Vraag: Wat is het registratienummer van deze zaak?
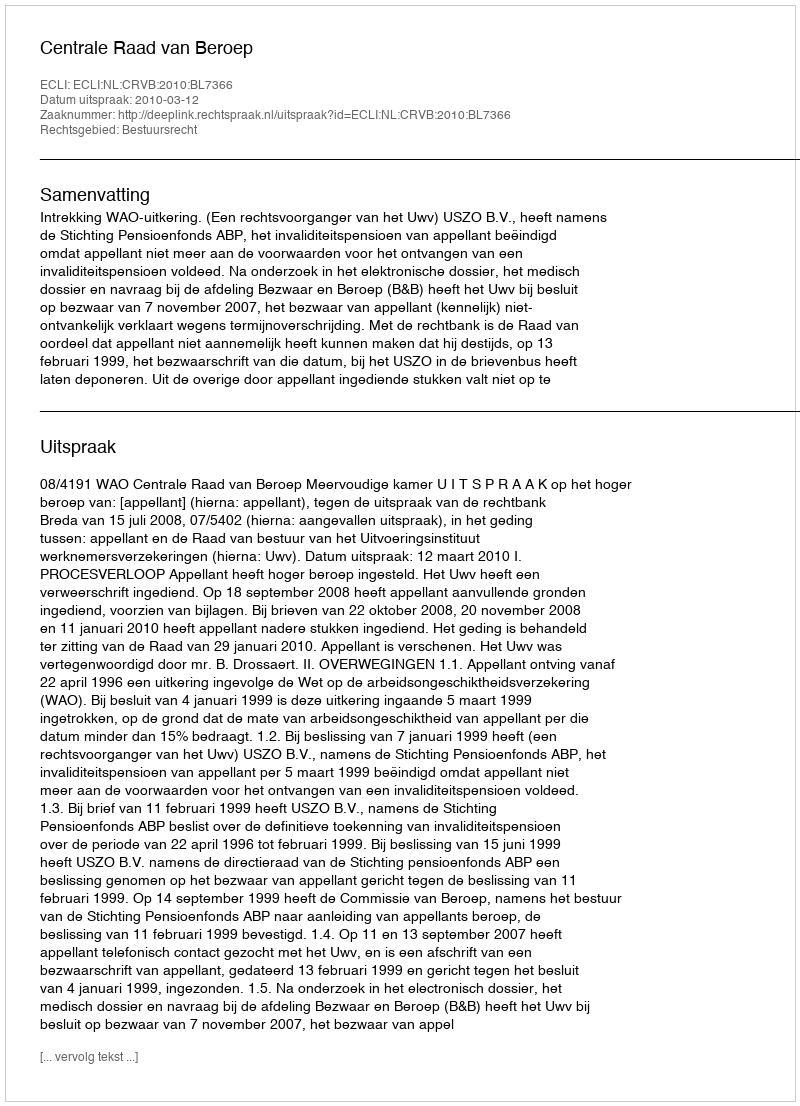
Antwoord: http://deeplink.rechtspraak.nl/uitspraak?id=ECLI:NL:CRVB:2010:BL7366